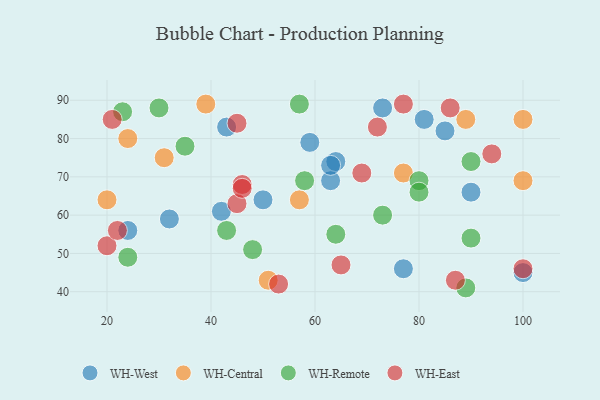
{"axis": {"x": "GDP", "y": "Life Expectancy"}, "legend": ["WH-Central", "WH-East", "WH-Remote", "WH-West"], "data": [{"x": "32", "y": 59, "type": "WH-West"}, {"x": "64", "y": 74, "type": "WH-West"}, {"x": "73", "y": 88, "type": "WH-West"}, {"x": "43", "y": 83, "type": "WH-West"}, {"x": "90", "y": 66, "type": "WH-West"}, {"x": "59", "y": 79, "type": "WH-West"}, {"x": "100", "y": 45, "type": "WH-West"}, {"x": "50", "y": 64, "type": "WH-West"}, {"x": "77", "y": 46, "type": "WH-West"}, {"x": "63", "y": 69, "type": "WH-West"}, {"x": "85", "y": 82, "type": "WH-West"}, {"x": "63", "y": 73, "type": "WH-West"}, {"x": "24", "y": 56, "type": "WH-West"}, {"x": "42", "y": 61, "type": "WH-West"}, {"x": "81", "y": 85, "type": "WH-West"}, {"x": "100", "y": 69, "type": "WH-Central"}, {"x": "51", "y": 43, "type": "WH-Central"}, {"x": "31", "y": 75, "type": "WH-Central"}, {"x": "100", "y": 85, "type": "WH-Central"}, {"x": "24", "y": 80, "type": "WH-Central"}, {"x": "20", "y": 64, "type": "WH-Central"}, {"x": "57", "y": 64, "type": "WH-Central"}, {"x": "39", "y": 89, "type": "WH-Central"}, {"x": "89", "y": 85, "type": "WH-Central"}, {"x": "77", "y": 71, "type": "WH-Central"}, {"x": "24", "y": 49, "type": "WH-Remote"}, {"x": "80", "y": 69, "type": "WH-Remote"}, {"x": "23", "y": 87, "type": "WH-Remote"}, {"x": "35", "y": 78, "type": "WH-Remote"}, {"x": "90", "y": 74, "type": "WH-Remote"}, {"x": "43", "y": 56, "type": "WH-Remote"}, {"x": "90", "y": 54, "type": "WH-Remote"}, {"x": "73", "y": 60, "type": "WH-Remote"}, {"x": "30", "y": 88, "type": "WH-Remote"}, {"x": "58", "y": 69, "type": "WH-Remote"}, {"x": "89", "y": 41, "type": "WH-Remote"}, {"x": "48", "y": 51, "type": "WH-Remote"}, {"x": "64", "y": 55, "type": "WH-Remote"}, {"x": "80", "y": 66, "type": "WH-Remote"}, {"x": "57", "y": 89, "type": "WH-Remote"}, {"x": "45", "y": 63, "type": "WH-East"}, {"x": "20", "y": 52, "type": "WH-East"}, {"x": "100", "y": 46, "type": "WH-East"}, {"x": "86", "y": 88, "type": "WH-East"}, {"x": "87", "y": 43, "type": "WH-East"}, {"x": "53", "y": 42, "type": "WH-East"}, {"x": "21", "y": 85, "type": "WH-East"}, {"x": "77", "y": 89, "type": "WH-East"}, {"x": "65", "y": 47, "type": "WH-East"}, {"x": "46", "y": 68, "type": "WH-East"}, {"x": "46", "y": 67, "type": "WH-East"}, {"x": "22", "y": 56, "type": "WH-East"}, {"x": "94", "y": 76, "type": "WH-East"}, {"x": "45", "y": 84, "type": "WH-East"}, {"x": "69", "y": 71, "type": "WH-East"}, {"x": "72", "y": 83, "type": "WH-East"}]}